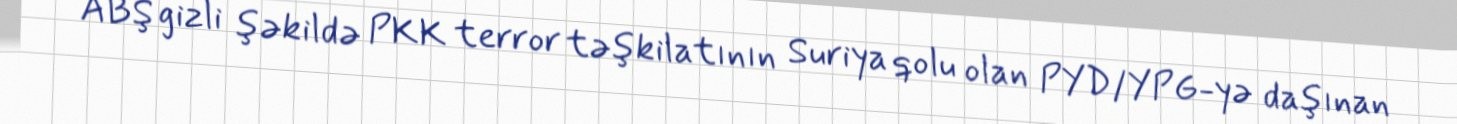
ABŞ gizli şəkildə PKK terror təşkilatının Suriya qolu olan PYD/YPG-yə daşınan